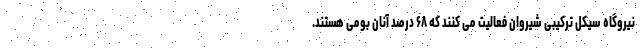
نیروگاه سیکل ترکیبی شیروان فعالیت می کنند که ۶۸ درصد آنان بومی هستند.